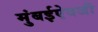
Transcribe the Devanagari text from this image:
मुंबईऐवजी